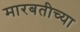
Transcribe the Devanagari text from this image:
मारबतीच्या